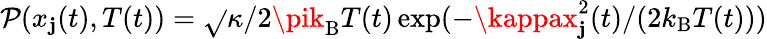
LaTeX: \mathcal{P}(x_{\mathbf{j}}(t),T(t))=\sqrt{}{{\kappa/2\pik_{\mathrm{{B}}}T(t)}}\exp(-\kappax_{\mathbf{j}}^{2}(t)/(2k_{\mathrm{{B}}}T(t)))